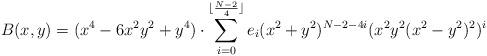
LaTeX: \begin{align*}B(x,y)=(x^4-6x^2y^2+y^4)\cdot \sum_{i=0}^{\lfloor \frac{N-2}{4}\rfloor} e_i(x^2+y^2)^{N-2-4i}(x^2y^2(x^2-y^2)^2)^i\end{align*}